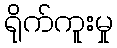
ရိုက်ကူးမှု